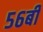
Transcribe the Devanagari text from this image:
५६बी